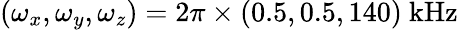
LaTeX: (\omega_{x},\omega_{y},\omega_{z})=2\pi\times(0.5,0.5,140)~\mathrm{{kHz}}